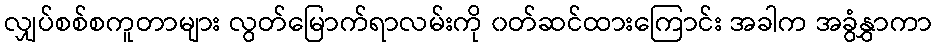
လျှပ်စစ်စကူတာများ လွတ်မြောက်ရာလမ်းကို ၀တ်ဆင်ထားကြောင်း အခါက အခွံနွှာကာ